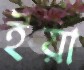
ইয়া